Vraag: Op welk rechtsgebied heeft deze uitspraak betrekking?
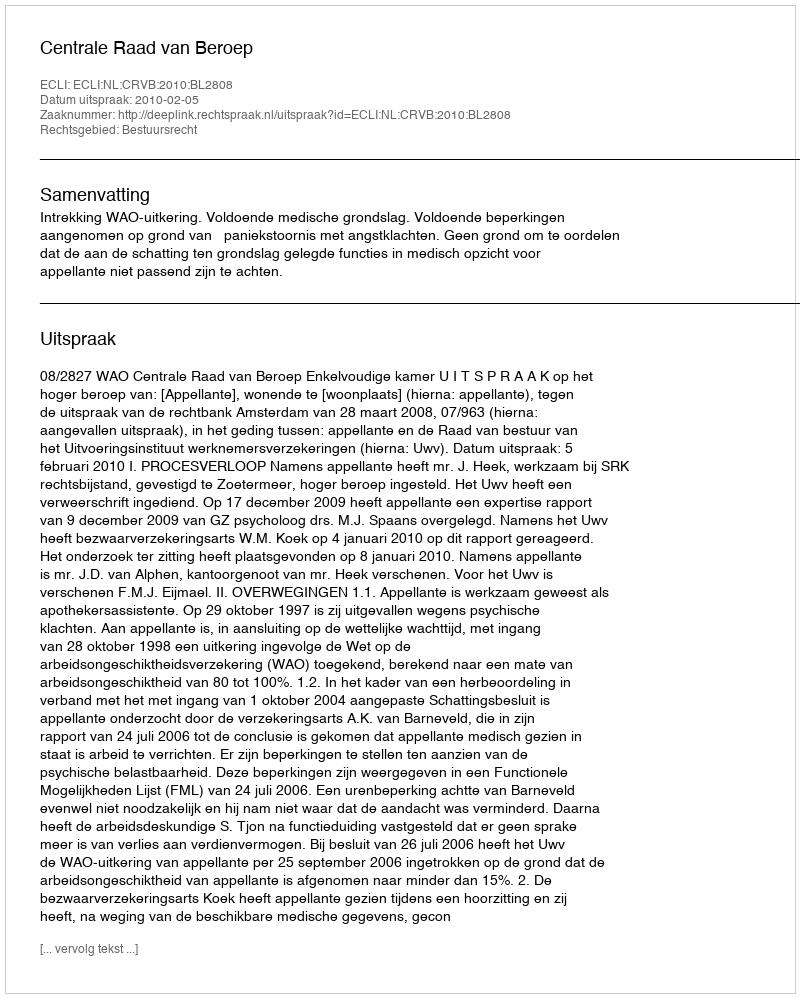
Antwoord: Bestuursrecht